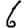
Digit: 6